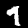
Label: 9